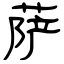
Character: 萨